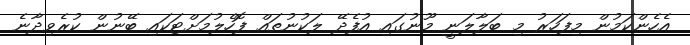
އެހެންކަމުން މިފަހަރު މި ބަލާލަނީ މޫނުގައި އުފެދޭ ލަކުނުތައް ފޮހެލުމަށްޓަކައި ބޭނުން ކުރެވިދާނެ